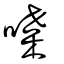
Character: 喋